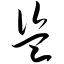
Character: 盗